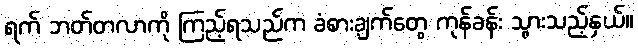
ရက် ဘတ်တလာကို ကြည့်ရသည်က ခံစားချက်တွေ ကုန်ခန်း သွားသည့်နှယ်။